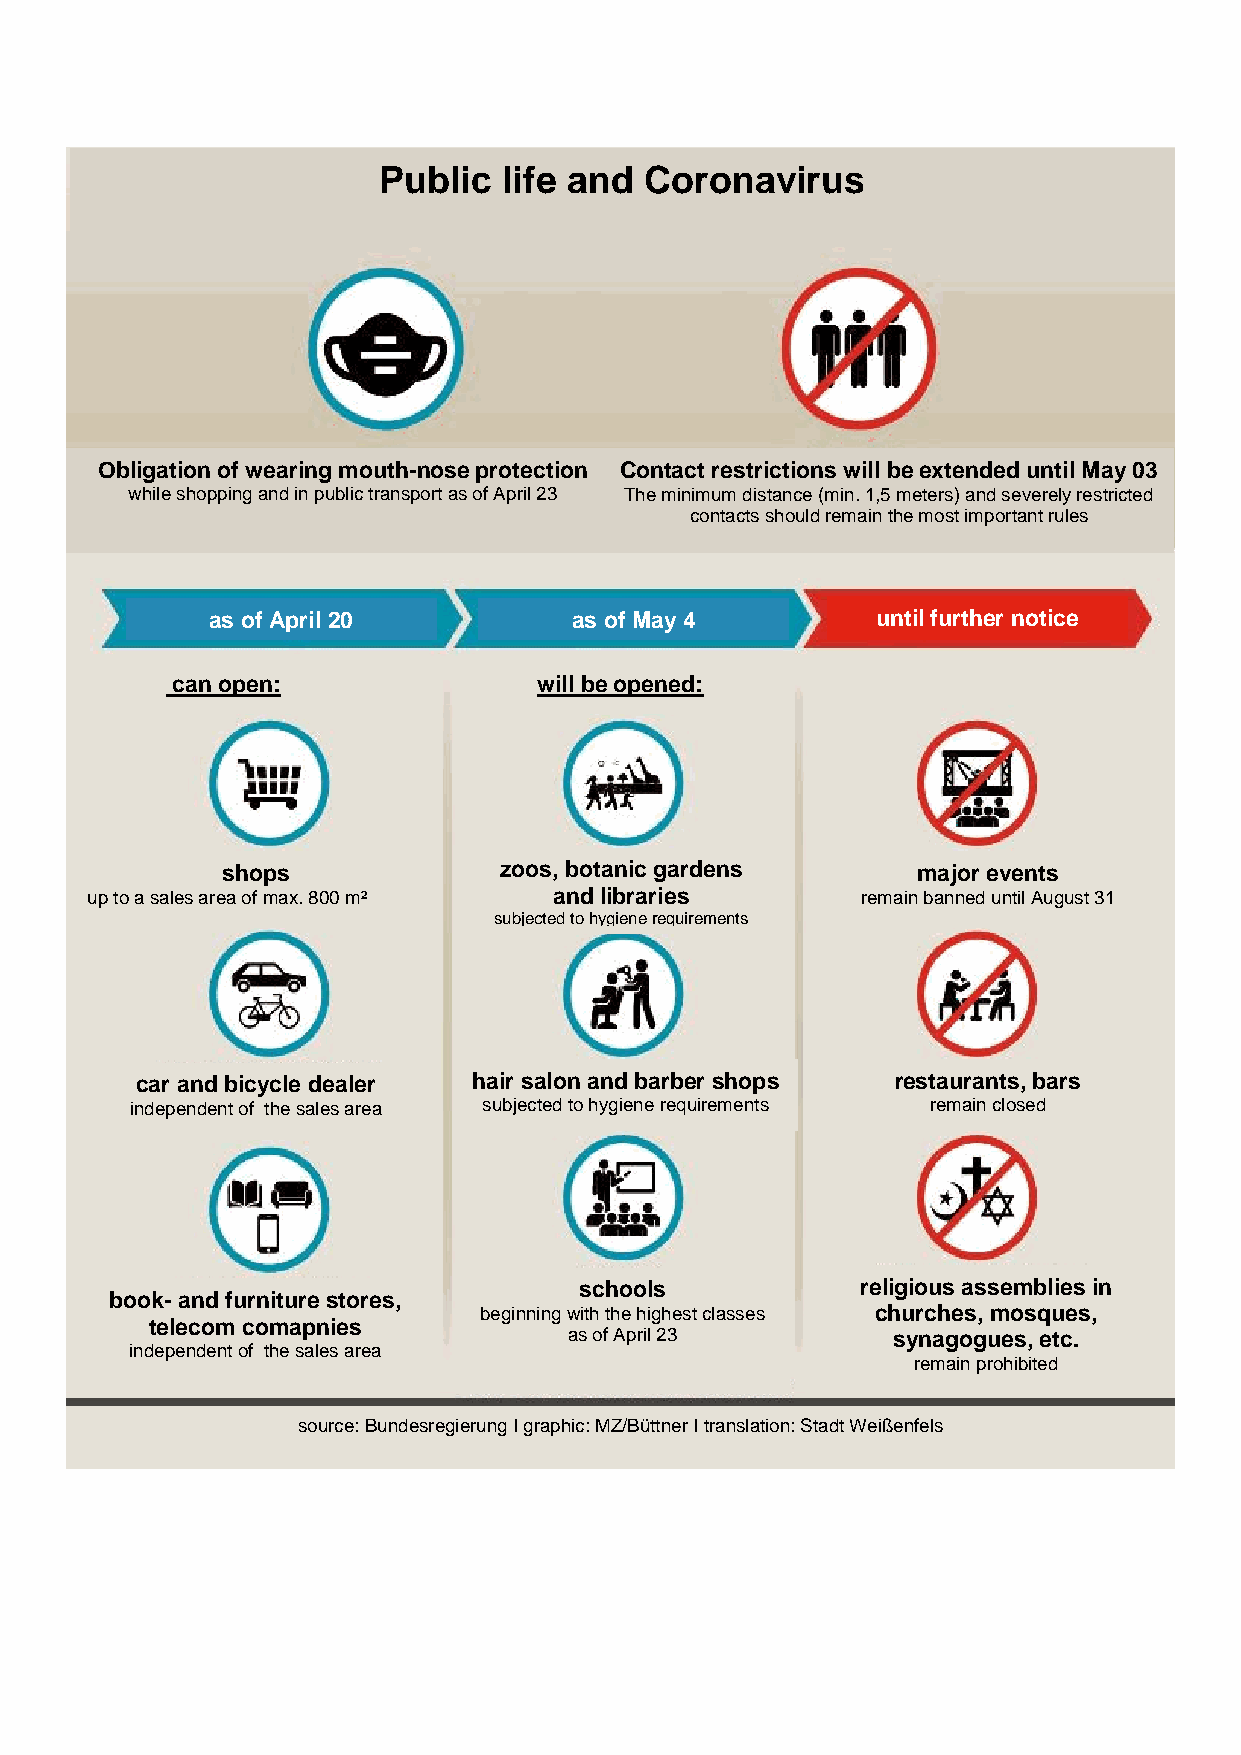
Public  life and  Coronavirus
 Obligation of wearing mouth-nose protection Contact restrictions will be extended until May 03
 while shopping and in public transport as of April 23 The minimum distance (min. 1,5 meters) and severely restricted
 contacts should remain the most important rules
 as of April 20          as of May 4         until further notice
 can open:                will be opened:
 shops             zoos, botanic gardens       major events
 up to a sales area of max. 800 m² and libraries    remain banned until August 31
 subjected to hygiene requirements
 car and bicycle dealer hair salon and barber shops restaurants, bars
 independent of the sales area subjected to hygiene requirements remain closed
 schools            religious assemblies in
 book- and furniture stores,
 beginning with the highest classes churches, mosques,
 telecom comapnies
 as of April 23       synagogues, etc.
 independent of the sales area
 remain prohibited
 source: Bundesregierung I graphic: MZ/Büttner I translation: Stadt Weißenfels